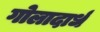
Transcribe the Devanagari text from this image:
गोलादार्ध